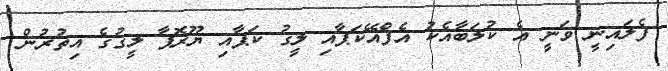
ފެލައިނީ ވަނީ އެ ކުލަބާއެކު އެފްއޭކަޕާއި ލީގު ކަޕާއި ޔޫރޮޕާ ލީގުގެ އިތުރުން